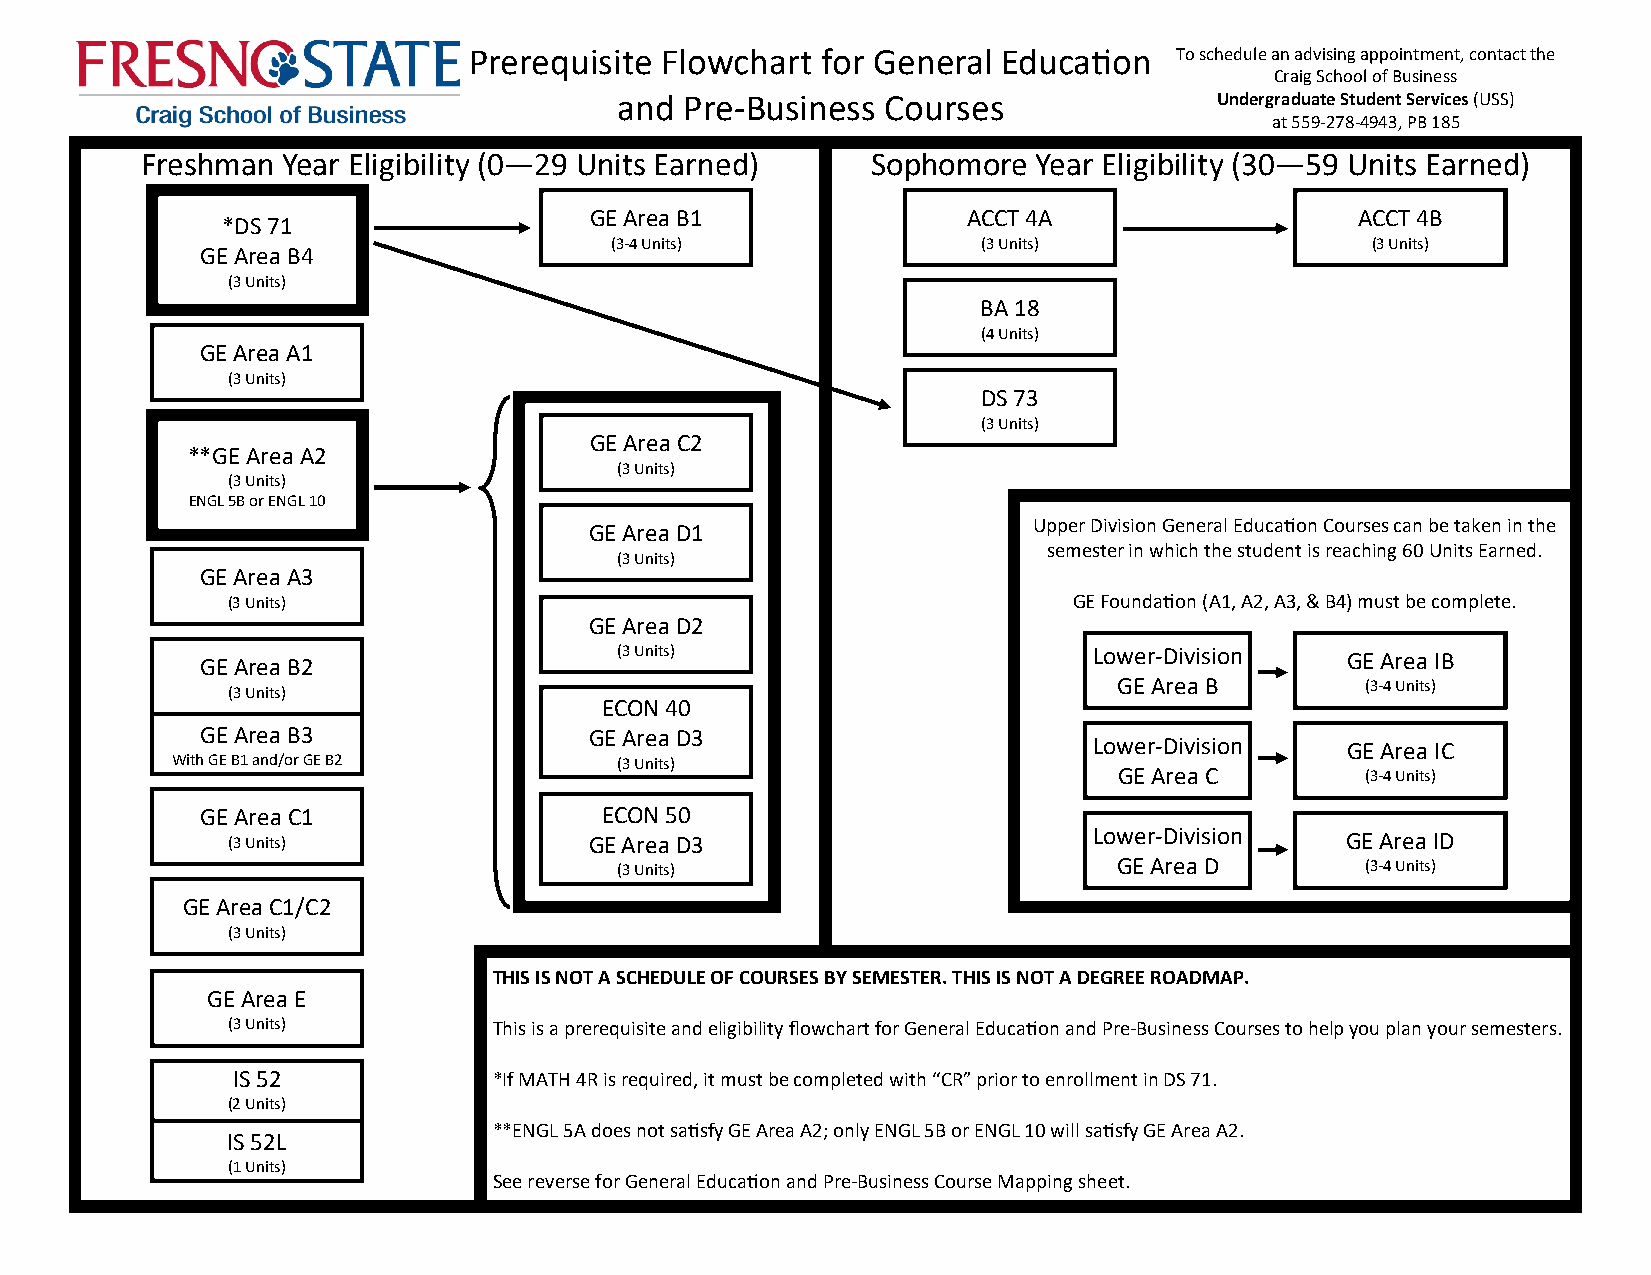
Prerequisite Flowchart for General Education   To schedule an advising appointment, contact the
 Craig School of Business
 and Pre-Business  Courses               Undergraduate Student Services (USS)
 at 559-278-4943, PB 185
 Freshman  Year Eligibility (0—29 Units Earned)   Sophomore  Year Eligibility (30—59 Units Earned)
 GE Area B1               ACCT 4A                   ACCT 4B
 *DS 71
 (3-4 Units)              (3 Units)                 (3 Units)
 GE Area B4
 (3 Units)
 BA 18
 (4 Units)
 GE Area A1
 (3 Units)
 DS 73
 (3 Units)
 GE Area C2
 **GE Area A2
 (3 Units)
 (3 Units)
 ENGL 5B or ENGL 10
 GE Area D1                   Upper Division General Education Courses can be taken in the
 semester in which the student is reaching 60 Units Earned.
 (3 Units)
 GE Area A3
 (3 Units)                                               GE Foundation (A1, A2, A3, & B4) must be complete.
 GE Area D2
 (3 Units)                      Lower-Division   GE Area IB
 GE Area B2
 (3 Units)
 GE Area B       (3-4 Units)
 ECON 40
 GE Area B3                GE Area D3
 Lower-Division   GE Area IC
 With GE B1 and/or GE B2       (3 Units)
 GE Area C       (3-4 Units)
 GE Area C1                 ECON 50
 (3 Units)               GE Area D3                       Lower-Division   GE Area ID
 (3 Units)                        GE Area D       (3-4 Units)
 GE Area C1/C2
 (3 Units)
 THIS IS NOT A SCHEDULE OF COURSES BY SEMESTER. THIS IS NOT A DEGREE ROADMAP.
 GE Area E
 (3 Units)         This is a prerequisite and eligibility flowchart for General Education and Pre-Business Courses to help you plan your semesters.
 IS 52             *If MATH 4R is required, it must be completed with “CR” prior to enrollment in DS 71.
 (2 Units)
 **ENGL 5A does not satisfy GE Area A2; only ENGL 5B or ENGL 10 will satisfy GE Area A2.
 IS 52L
 (1 Units)
 See reverse for General Education and Pre-Business Course Mapping sheet.